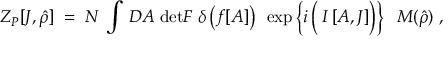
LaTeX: Z _ { P } [ { \cal J } , \hat { \rho } ] \; = \; { \cal N } \; \int \, { \cal D } { \cal A } \; \mathrm { d e t } { \cal F } \; \delta \left( f [ { \cal A } ] \right) \; \, \exp \left\{ i \left( \frac { } { } I \left[ { \cal A } , { \cal J } \right] \right) \right\} \; \; { \cal M } ( \hat { \rho } ) \; ,